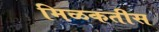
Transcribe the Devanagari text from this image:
मिळकतीस